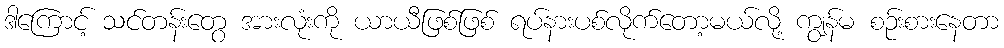
ဒါကြောင့် သင်တန်းတွေ အားလုံးကို ယာယီဖြစ်ဖြစ် ရပ်နားပစ်လိုက်တော့မယ်လို့ ကျွန်မ စဉ်းစားနေတာ